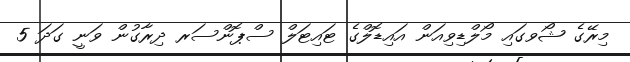
މިރޭގެ ޝޯވގައި މޯލްޑިވިއަން އައިޑޮލްގެ ޓައިޓަލް ސްޕޮންސަރ ދިރާގުން ވަނީ ގަދަ 5